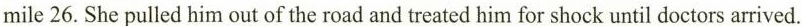
mile 26. She pulled him out of the road and treated him for shock until doctors arrived.